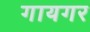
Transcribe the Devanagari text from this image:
गायगर